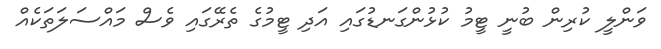
ވަންލީ ކުރިން ބުނީ ޓީމު ކުޅުންގަނޑުގައި އަދި ޓީމުގެ ތެރޭގައި ވެސް މައްސަލަތަކެއް